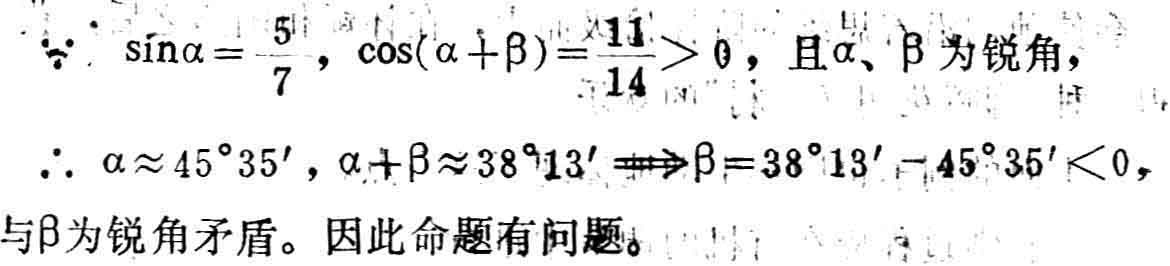
\(\because \sin\alpha = \frac{5}{7}, \cos(\alpha + \beta)=\frac{11}{14}>0\), 且\(\alpha、\beta\)为锐角,
\(\therefore \alpha\approx45^{\circ}35', \alpha + \beta\approx38^{\circ}13'\Rightarrow\beta = 38^{\circ}13' - 45^{\circ}35'<0\),
与\(\beta\)为锐角矛盾。因此命题有问题。